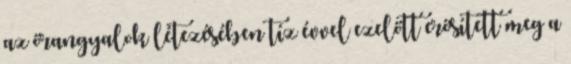
az őrangyalok létezésében tíz évvel ezelőtt erősített meg a